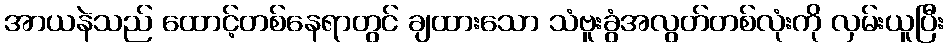
အာယနဲသည် ထောင့်တစ်နေရာတွင် ချထားသော သံဗူးခွံအလွတ်တစ်လုံးကို လှမ်းယူပြီး